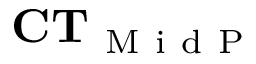
\mathbf { C T } _ { \mathrm { ~ M ~ i ~ d ~ P ~ } }